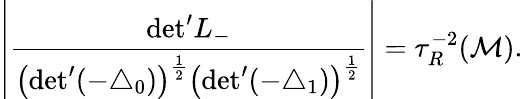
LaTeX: \left|\frac{\mathrm{det}^{\prime}L_{-}}{\left(\mathrm{det}^{\prime}(-{\triangle}_{0})\right)^{\frac{1}{2}}\left(\mathrm{det}^{\prime}(-{\triangle}_{1})\right)^{\frac{1}{2}}}\right|={\tau}_{R}^{-2}({\cal M}).